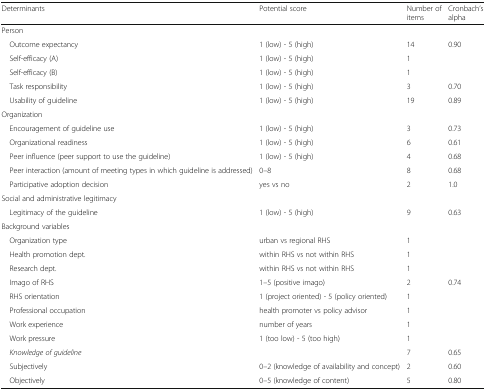
<table><thead><tr><td><b>Determinants</b></td><td><b>Potential score</b></td><td><b>Number of items</b></td><td><b>Cronbach’s alpha</b></td></tr></thead><tbody><tr><td colspan="4">Person</td></tr><tr><td> Outcome expectancy</td><td>1 (low) - 5 (high)</td><td>14</td><td>0.90</td></tr><tr><td> Self-efficacy (A)</td><td>1 (low) - 5 (high)</td><td>1</td><td></td></tr><tr><td> Self-efficacy (B)</td><td>1 (low) - 5 (high)</td><td>1</td><td></td></tr><tr><td> Task responsibility</td><td>1 (low) - 5 (high)</td><td>3</td><td>0.70</td></tr><tr><td> Usability of guideline</td><td>1 (low) - 5 (high)</td><td>19</td><td>0.89</td></tr><tr><td colspan="4">Organization</td></tr><tr><td> Encouragement of guideline use</td><td>1 (low) - 5 (high)</td><td>3</td><td>0.73</td></tr><tr><td> Organizational readiness</td><td>1 (low) - 5 (high)</td><td>6</td><td>0.61</td></tr><tr><td> Peer influence (peer support to use the guideline)</td><td>1 (low) - 5 (high)</td><td>4</td><td>0.68</td></tr><tr><td> Peer interaction (amount of meeting types in which guideline is addressed)</td><td>0–8</td><td>8</td><td>0.68</td></tr><tr><td> Participative adoption decision</td><td>yes vs no</td><td>2</td><td>1.0</td></tr><tr><td colspan="4">Social and administrative legitimacy</td></tr><tr><td> Legitimacy of the guideline</td><td>1 (low) - 5 (high)</td><td>9</td><td>0.63</td></tr><tr><td colspan="4">Background variables</td></tr><tr><td> Organization type</td><td>urban vs regional RHS</td><td>1</td><td></td></tr><tr><td> Health promotion dept.</td><td>within RHS vs not within RHS</td><td>1</td><td></td></tr><tr><td> Research dept.</td><td>within RHS vs not within RHS</td><td>1</td><td></td></tr><tr><td> Imago of RHS</td><td>1–5 (positive imago)</td><td>2</td><td>0.74</td></tr><tr><td> RHS orientation</td><td>1 (project oriented) - 5 (policy oriented)</td><td>1</td><td></td></tr><tr><td> Professional occupation</td><td>health promoter vs policy advisor</td><td>1</td><td></td></tr><tr><td> Work experience</td><td>number of years</td><td>1</td><td></td></tr><tr><td> Work pressure</td><td>1 (too low) - 5 (too high)</td><td>1</td><td></td></tr><tr><td><i> Knowledge of guideline</i></td><td></td><td>7</td><td>0.65</td></tr><tr><td> Subjectively</td><td>0–2 (knowledge of availability and concept)</td><td>2</td><td>0.60</td></tr><tr><td> Objectively</td><td>0–5 (knowledge of content)</td><td>5</td><td>0.80</td></tr></tbody></table>